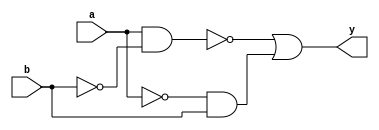
module xor_gate (
    input wire a,
    input wire b,
    output reg y
);

assign y = ~(a & ~b) | (~a & b);

endmodule